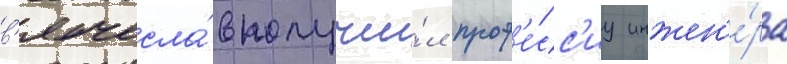
в'ячесла́в получи́л проф'е́сс'иу инжен'е́ра